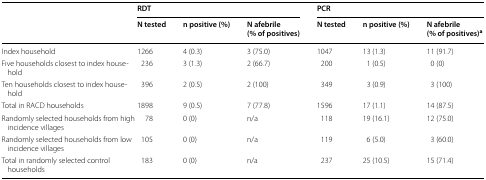
<table><thead><tr><td></td><td colspan="3"><b>RDT</b></td><td colspan="3"><b>PCR</b></td></tr><tr><td></td><td><b>N tested</b></td><td><b>n positive (%)</b></td><td><b>N afebrile (% of positives)</b></td><td><b>N tested</b></td><td><b>n positive (%)</b></td><td><b>N afebrile (% of positives)<sup>a</sup></b></td></tr></thead><tbody><tr><td>Index household</td><td>1266</td><td>4 (0.3)</td><td>3 (75.0)</td><td>1047</td><td>13 (1.3)</td><td>11 (91.7)</td></tr><tr><td>Five households closest to index household</td><td>236</td><td>3 (1.3)</td><td>2 (66.7)</td><td>200</td><td>1 (0.5)</td><td>0 (0)</td></tr><tr><td>Ten households closest to index household</td><td>396</td><td>2 (0.5)</td><td>2 (100)</td><td>349</td><td>3 (0.9)</td><td>3 (100)</td></tr><tr><td>Total in RACD households</td><td>1898</td><td>9 (0.5)</td><td>7 (77.8)</td><td>1596</td><td>17 (1.1)</td><td>14 (87.5)</td></tr><tr><td>Randomly selected households from high incidence villages</td><td>78</td><td>0 (0)</td><td>n/a</td><td>118</td><td>19 (16.1)</td><td>12 (75.0)</td></tr><tr><td>Randomly selected households from low incidence villages</td><td>105</td><td>0 (0)</td><td>n/a</td><td>119</td><td>6 (5.0)</td><td>3 (60.0)</td></tr><tr><td>Total in randomly selected control households</td><td>183</td><td>0 (0)</td><td>n/a</td><td>237</td><td>25 (10.5)</td><td>15 (71.4)</td></tr></tbody></table>